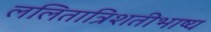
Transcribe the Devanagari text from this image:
ललितात्रिशतीभाष्य